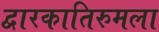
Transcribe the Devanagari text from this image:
द्वारकातिरुमला